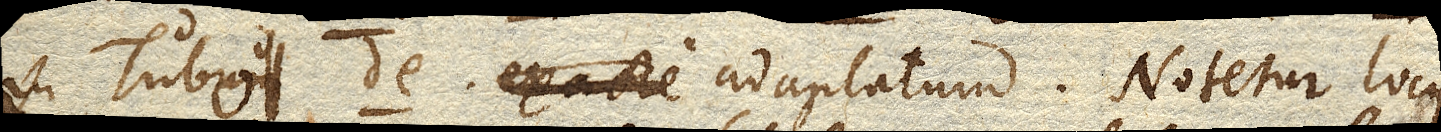
in Tubo de exacte adaptatum. Notetur locus